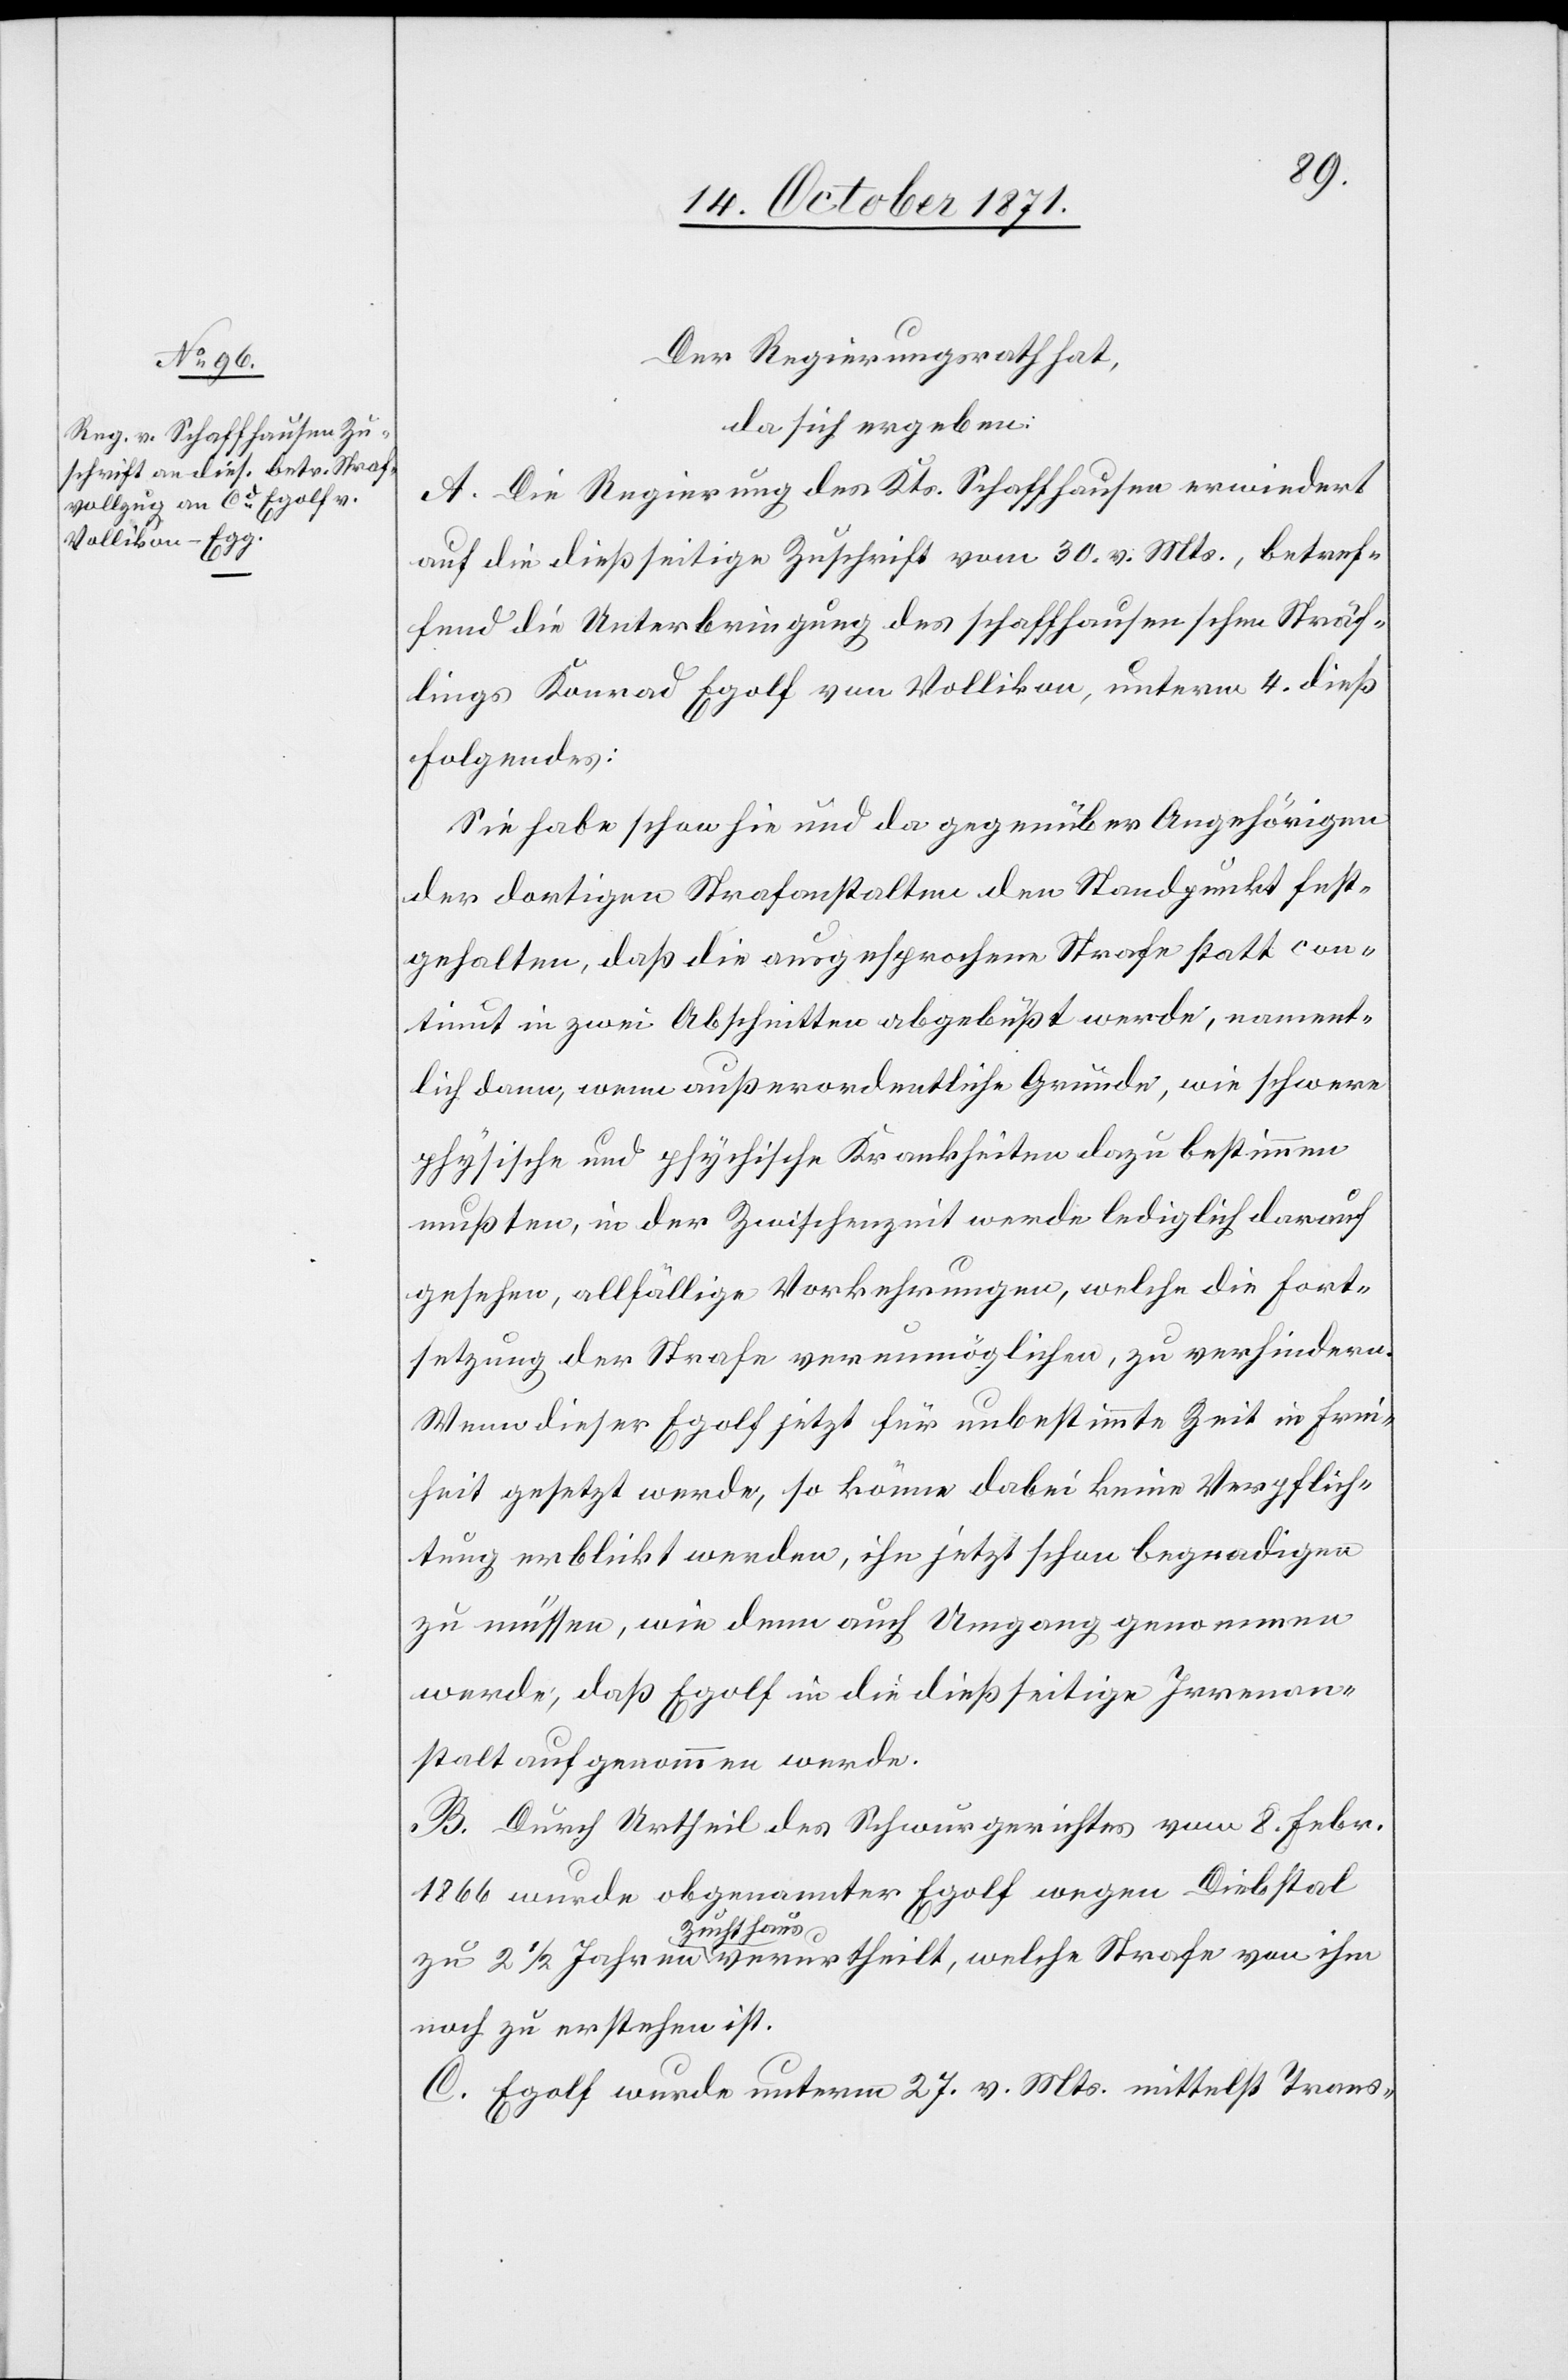
Der Regierungsrath hat,
da sich ergeben:
A. Die Regierung des Kts. Schaffhausen erwiedert
auf die dießseitige Zuschrift vom 30. v. Mts., betref¬
fend die Unterbringung des schaffhausenschen Sträf¬
lings Konrad Egolf von Vollikon, unterm 4. dieß
folgendes:
Sie habe schon hie und da gegenüber Angehörigen
der dortigen Strafanstalten den Standpunkt fest¬
gehalten, daß die ausgesprochene Strafe statt con¬
tinut in zwei Abschnitten abgebüßt werde, nament¬
lich dann, wenn außerordentliche Gründe, wie schwere
physische und psychische Krankheiten dazu bestimmen
mussten, in der Zwischenzeit werde lediglich darauf
gesehen, allfällige Vorkehrungen, welche die Fort¬
setzung der Strafe verunmöglichen, zu verhindern.
Wenn dieser Egolf jetzt für unbestimmte Zeit in Frei¬
heit gesetzt werde, so könne dabei keine Verpflich¬
tung erblickt werden, ihn jetzt schon begnadigen
zu müssen, wie denn auch Umgang genommen
werde, daß Egolf in die dießseitige Irrenan¬
stalt aufgenommen werde.
B. Durch Urtheil des Schwurgerichtes vom 8. Febr.
1866 wurde obgenannter Egolf wegen Diebstal
Zuchthaus
noch zu erstehen ist.
C. Egolf wurde unterm 27. v. Mts. mittelst Trans-